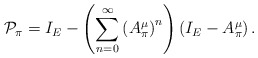
\begin{align*}\mathcal{P}_\pi = I_E- \left(\sum_{n=0}^{\infty} \left(A_{\pi }^{\mu }\right)^n \right) \left(I_E-A_\pi^\mu\right).\end{align*}